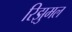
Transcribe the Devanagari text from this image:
रिझुमल